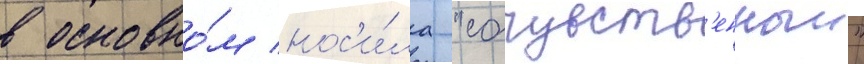
в основно́м нос'и́ла "сочувств'енныи"